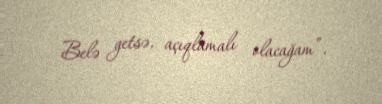
Belə getsə, açıqlamalı olacağam”.